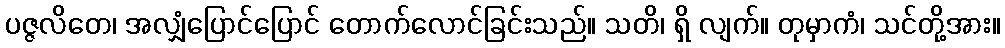
ပဇ္ဇလိတေ၊ အလျှံပြောင်ပြောင် တောက်လောင်ခြင်းသည်။ သတိ၊ ရှိ လျက်။ တုမှာကံ၊ သင်တို့အား။